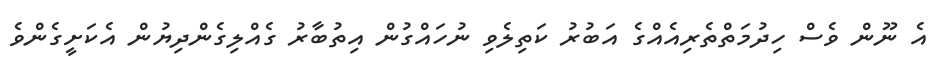
އެ ނޫން ވެސް ހިދުމަތްތެރިއެއްގެ އަބުރު ކަތިލެވި ނުހައްގުން އިތުބާރު ގެއްލިގެންދިޔުން އެކަށީގެންވެ